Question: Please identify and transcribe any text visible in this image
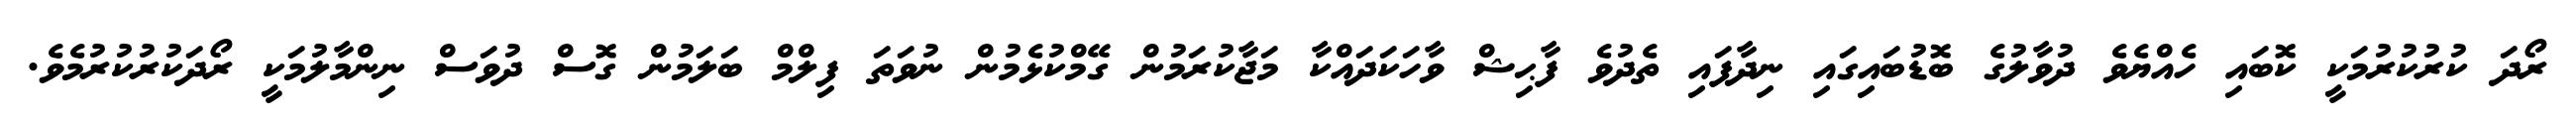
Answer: ރޯދަ ކުރުކުރުމަކީ ކޮބައި ހެއްޔެވެ ދުވާލުގެ ބޮޑުބައިގައި ނިދާފައި ތެދުވެ ފާޙިޝް ވާހަކަދައްކާ މަޖާކުރަމުން ގޭމްކުޅެމުން ނުވަތަ ފިލްމް ބަލަމުން ގޮސް ދުވަސް ނިންމާލުމަކީ ރޯދަކުރުކުރުމެވެ.